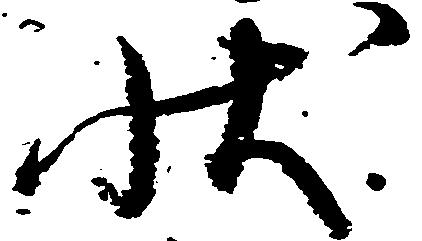
状